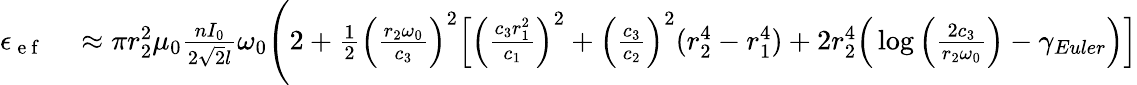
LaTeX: \begin{array}{rl}{\epsilon_{\mathrm{~e~f~}}}&{{}\approx\pi r_{2}^{2}\mu_{0}\frac{nI_{0}}{2\sqrt{2}l}\omega_{0}\Bigg(2+\frac{1}{2}\Big(\frac{r_{2}\omega_{0}}{c_{3}}\Big)^{2}\Big[\Big(\frac{c_{3}r_{1}^{2}}{c_{1}}\Big)^{2}+\Big(\frac{c_{3}}{c_{2}}\Big)^{2}(r_{2}^{4}-r_{1}^{4})+2r_{2}^{4}\Big(\log\Big(\frac{2c_{3}}{r_{2}\omega_{0}}\Big)-\gamma_{Euler}\Big)\Big]}\end{array}